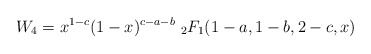
\begin{align*}W_4=x^{1-c}(1-x)^{c-a-b}\ _2F_1(1-a,1-b,2-c,x)\end{align*}